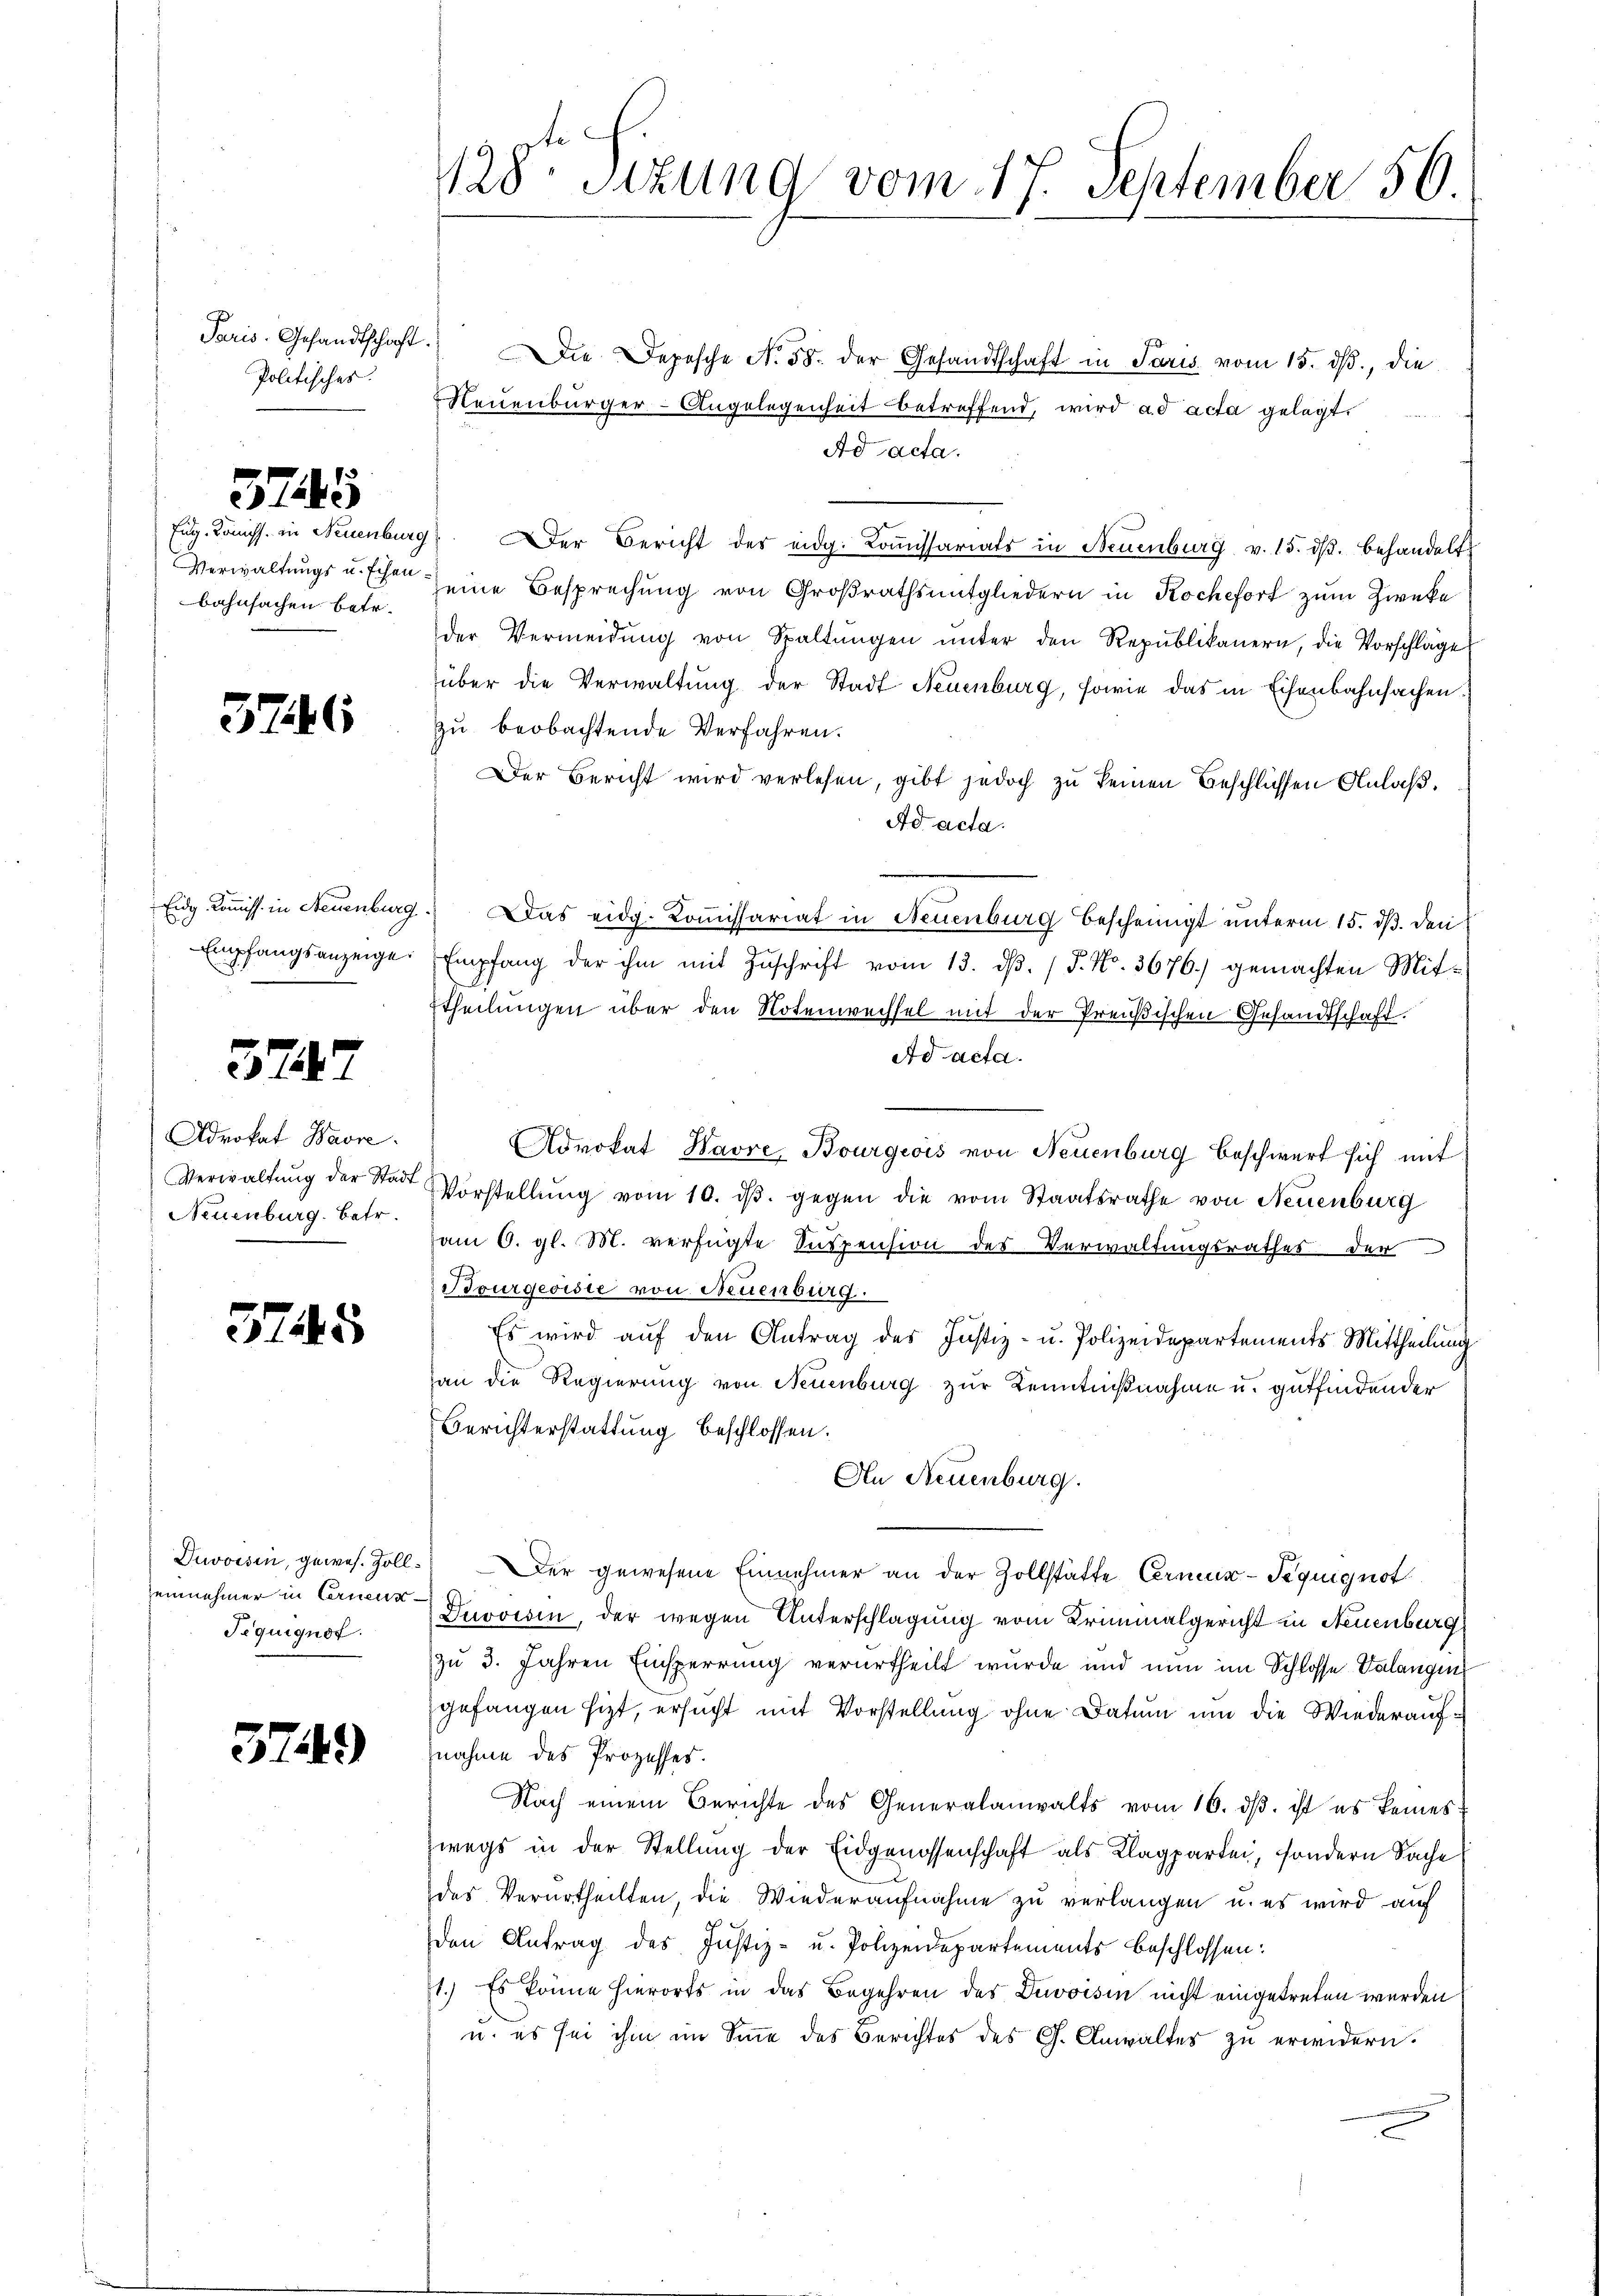
Paris. Gesandtschaft.
Politisches.

Verwaltungs u. schenbahnfachen betr.

5745

3746

Eidg. Kommiss. in Neuenburg
Empfangsanzeige.

377

Adrokat Havre
Verwaltung der Stadt
Neuenburg. Betr.

5745

Pequignot.

549)

128ten Sizung vom 17. September 50

Die Depesche No 58. der Gesandtschaft in Paris vom 15. dβ, die
Neuenburger-Angelegenheit betreffend, wird ad acta gelegt.
Ad acta.
Eug. Komiss. in Neuenburg. Der Bericht der eidg. Koṁissariats in Neuenburg v. 15. dβ. behandelt
seine Besprechung von Großrathsmitgliedern in Kochefort zum Zwecke
der Vermeidŭng von Spaltŭngen ŭnter den Republikanern, die Vorschläge
über die Verwaltung der Stadt Neuenburg, sowie das in Eisenbahnsachen
zu beobachtende Verfahren.
Der Bericht wird verlesen, gibt jedoch zu seinen Beschlüssen Anlaß.
Ad acta.
 Das eidg. Kommissariat in Neuenburg bescheinigt unterm 15. dß. den
Empfang der ihm mit Zŭschrift vom 13. dβ. / P. Nr. 3676.) gemachten Mit-
ttheilungen über den Notenwechsel mit der Preußischen Gesandtschaft.
Ad acta.
Advokat Havre Bourgeois von Neuenburg beschwert sich mit
VVorstellŭng vom 10. dβ. gegen die vom Staatsrathe von Neuenburg
am 6. gl. M. verfügte Suspension des Verwaltungsrathes der
Bourgeoisie von Neuenburg.
Es wird auf den Antrag des Justiz- u. Polizeidepartements Mittheilung
an die Regierung von Neuenburg zur Kenntnißnahme u. gutfindender
Berichterstattung beschlossen:
An Neuenburg.
Devoisin, gewes. Zoll. Der gewesene Einnehmer an der Zollstätte Ermur-Peguignot
einnehmer in Correna Turoisin, der wegen Unterschlagung vom Kriminalgericht in Neuenburg
zu 3. Jahren Einsperrung verurtheilt wurde und nun im Schlosse Valangen
gefangen hist, ersucht mit Vorstellung ohne Datum um die Wiederaufznahme des Prozesses.
Nach einem Berichte des Generalanwalts vom 16. dβ. ist es keines:
Zwegs in der Stellung der Eidgenossenschaft als Klagpartei, sondern Sache
des Verurtheilten, die Wiederaufnahme zu verlangen u. es wird auf
den Antrag des Justiz- u. Polizeidepartements beschlossen:
1.) Es könne hierorts in das Begehren des Divoisin nicht eingetreten werden
u. es sei ihm im Sinne des Berichtes des C. Anwalter zu erwidern.